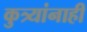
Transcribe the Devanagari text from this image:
कुत्र्यांनाही